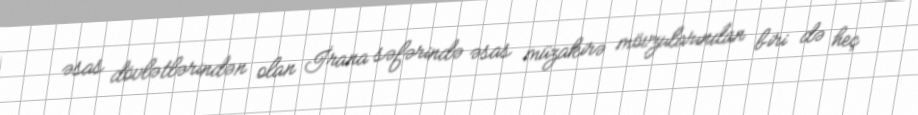
əsas dövlətlərindən olan İrana səfərində əsas müzakirə mövzularından biri də heç